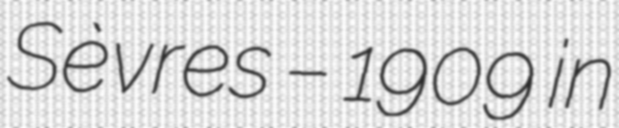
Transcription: Sèvres – 1909 in